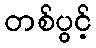
တစ်ပွင့်